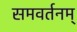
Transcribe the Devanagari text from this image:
समवर्तनम्